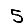
Digit: 5